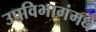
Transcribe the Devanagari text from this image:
उपविभागंमधे